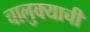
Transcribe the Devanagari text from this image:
चालुक्याची